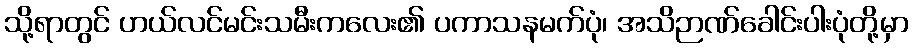
သို့ရာတွင် ဟယ်လင်မင်းသမီးကလေး၏ ပကာသနမက်ပုံ၊ အသိဉာဏ်ခေါင်းပါးပုံတို့မှာ